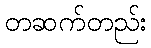
တဆက်တည်း